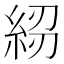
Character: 𥿷